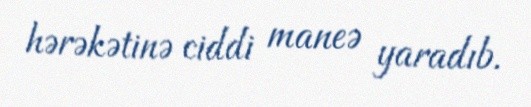
hərəkətinə ciddi maneə yaradıb.